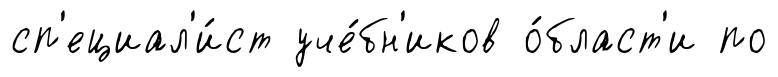
сп'ециал'и́ст уче́бн'иков о́бласт'и по